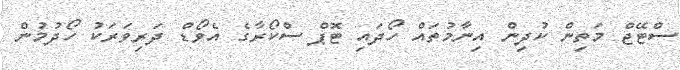
ސްޓޭޖް މަތިން ކުދިން އިނާމުތައް ހޯދައި ޓޮޕް ސްކޯރާގެ އެވޯޑް ދަރިވަރަކު ހޯދުމުން